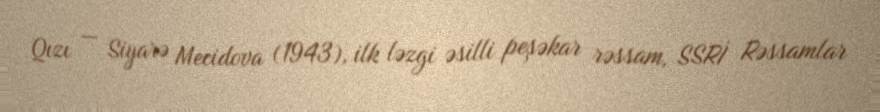
Qızı — Siyarə Mecidova (1943), ilk ləzgi əsilli peşəkar rəssam, SSRİ Rəssamlar